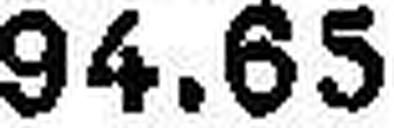
94.65